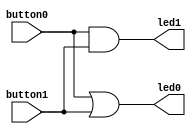
`timescale 1ns / 1ps


module top(
    input button0,
    input button1,
    output led0,
    output led1
    );
    
    or ( led0, button0, button1 );
    and ( led1, button0, button1 );
    
endmodule